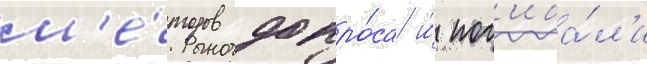
м'е́тодов допро́са и́ пог'иба́л'и